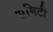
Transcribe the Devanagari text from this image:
समिटी